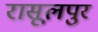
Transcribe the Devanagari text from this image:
रासूलपुर